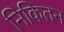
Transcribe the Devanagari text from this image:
निकितन